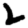
Digit: 2